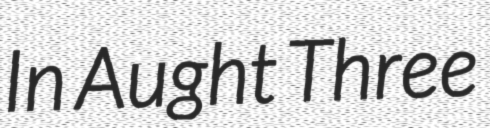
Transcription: In Aught Three